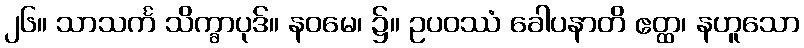
၂၆။ သာသင်္က သိက္ခာပုဒ်။ နဝမေ၊ ၌။ ဥပဝဿံ ခေါပနာတိ ဧတ္ထ၊ နဟူသော